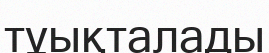
тұықталады